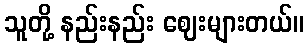
သူတို့ နည်းနည်း ဈေးများတယ်။